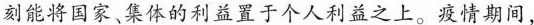
刻能将国家、集体的利益置于个人利益之上。疫情期间，